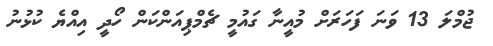
ޖުމްލަ 13 ވަނަ ފަހަރަށް މުއީނާ ގައުމީ ޗެމްޕިއަންކަން ހޯދީ އިއްޔެ ކުޅުނު